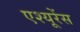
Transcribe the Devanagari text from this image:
एश्यूरेंस